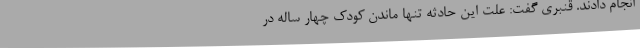
انجام دادند. قنبری گفت: علت این حادثه تنها ماندن کودک چهار ساله در